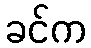
ခင်က